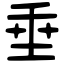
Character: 垂